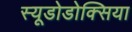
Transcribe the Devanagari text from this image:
स्यूडोडोक्सिया